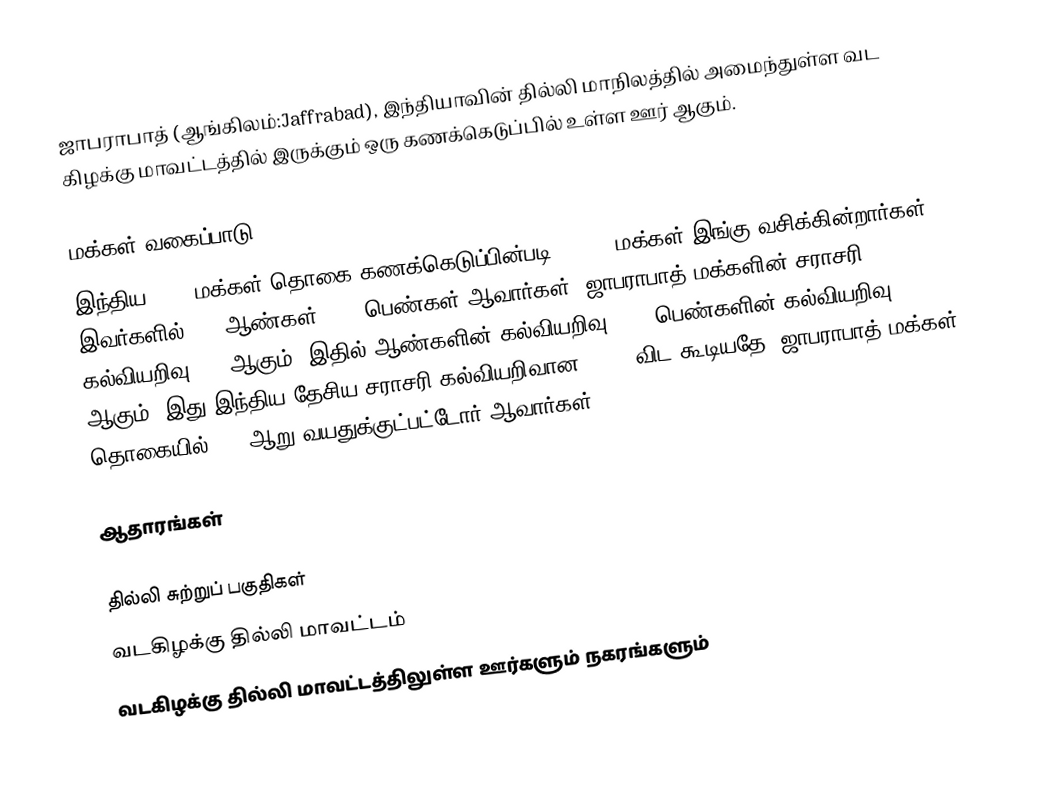
ஜாபராபாத் (ஆங்கிலம்:Jaffrabad), இந்தியாவின் தில்லி மாநிலத்தில் அமைந்துள்ள வட கிழக்கு மாவட்டத்தில் இருக்கும் ஒரு கணக்கெடுப்பில் உள்ள ஊர்  ஆகும்.

மக்கள் வகைப்பாடு
இந்திய 2001 மக்கள் தொகை கணக்கெடுப்பின்படி 57,460 மக்கள் இங்கு வசிக்கின்றார்கள். இவர்களில் 53% ஆண்கள், 47% பெண்கள் ஆவார்கள். ஜாபராபாத் மக்களின் சராசரி கல்வியறிவு 62% ஆகும்,  இதில் ஆண்களின் கல்வியறிவு 67%,  பெண்களின் கல்வியறிவு 56% ஆகும். இது இந்திய தேசிய சராசரி கல்வியறிவான 59.5% விட கூடியதே. ஜாபராபாத் மக்கள் தொகையில் 16%  ஆறு வயதுக்குட்பட்டோர் ஆவார்கள்.

ஆதாரங்கள்

தில்லி சுற்றுப் பகுதிகள்
வடகிழக்கு தில்லி மாவட்டம்
வடகிழக்கு தில்லி மாவட்டத்திலுள்ள ஊர்களும் நகரங்களும்